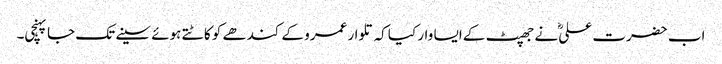
اب حضرت علیؓ نے جھپٹ کے ایسا وار کیا کہ تلوار عمرو کے کندھے کو کاٹتے ہوئے سینے تک جا پہنچی۔